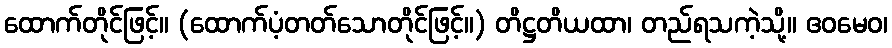
ထောက်တိုင်ဖြင့်။ (ထောက်ပံ့တတ်သောတိုင်ဖြင့်။) တိဋ္ဌတိယထာ၊ တည်ရသကဲ့သို့။ ဧဝမေဝ၊